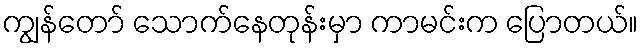
ကျွန်တော် သောက်နေတုန်းမှာ ကာမင်းက ပြောတယ်။